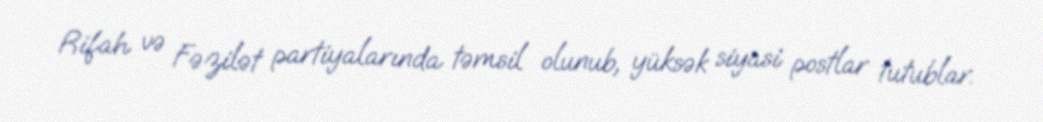
Rifah və Fəzilət partiyalarında təmsil olunub, yüksək siyasi postlar tutublar.